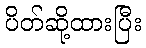
ပိတ်ဆို့ထားပြီး